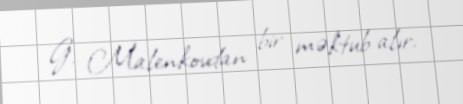
G. Malenkovdan bir məktub alır.